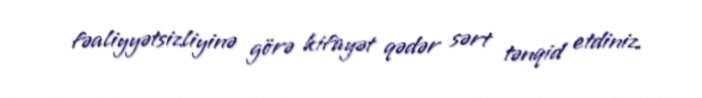
fəaliyyətsizliyinə görə kifayət qədər sərt tənqid etdiniz.